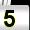
Digit: 5